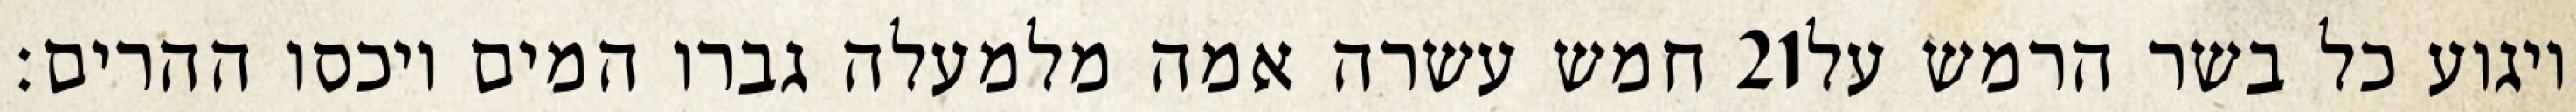
חמש עשרה אמה מלמעלה גברו המים ויכסו ההרים׃ ‎21‏ ויגוע כל בשר הרמש על